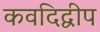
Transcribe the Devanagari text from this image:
कवदिद्वीप